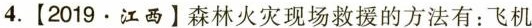
4.【2019·江西】森林火灾现场救援的方法有：飞机